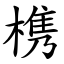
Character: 槜